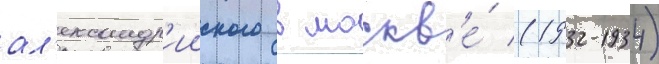
ал'ександр'ииского в москв'е́ (1932-1934)